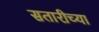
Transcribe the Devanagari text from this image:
सतारीच्या